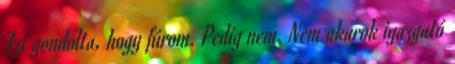
Azt gondolta, hogy fúrom. Pedig nem. Nem akarok igazgató